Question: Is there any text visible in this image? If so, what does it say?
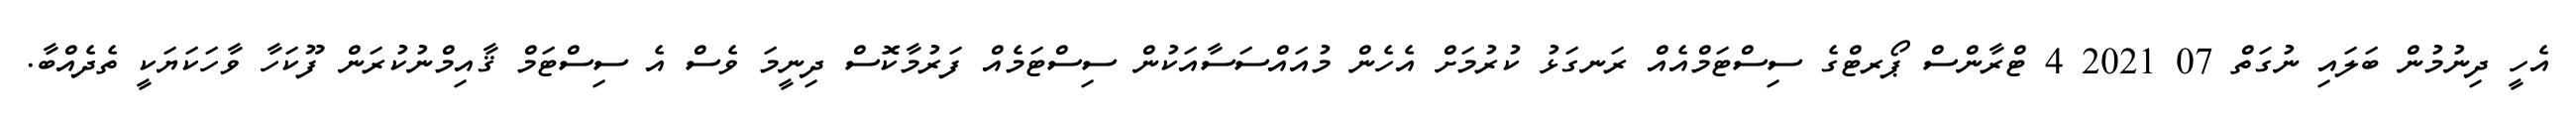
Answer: އެހީ ދިނުމުން ބަލައި ނުގަތް 07 2021 4 ޓްރާންސް ޕޯރޓްގެ ސިސްޓަމްއެއް ރަނގަޅު ކުރުމަށް އެހެން މުއައްސަސާއަކުން ސިސްޓަމެއް ފަރުމާކޮސް ދިނީމަ ވެސް އެ ސިސްޓަމް ޤާއިމްނުކުރަން ފޫކަހާ ވާހަކަޔަކީ ތެދެއްބާ.